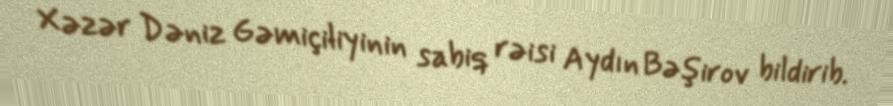
Xəzər Dəniz Gəmiçiliyinin sabiq rəisi Aydın Bəşirov bildirib.